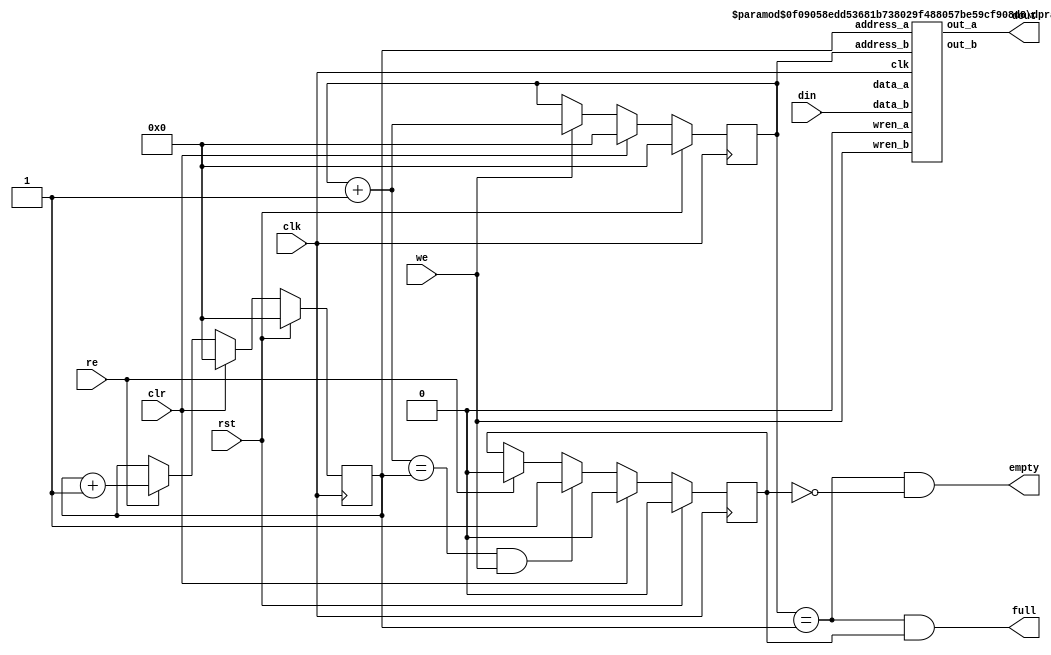
module fifo_512_40bit
	#(parameter dw=40,
	  parameter aw=9)
	(clk, rst, clr, din, we, dout, re,
	full, empty);

parameter max_size = 1<<aw;

input 			clk, rst, clr;
input 	[dw-1:0]	din;
input 			we;
output	[dw-1:0]	dout;
input 	wire		re;
output			full;
output			empty;

////////////////////////////////////////////////////////////////////
//
// Local Wires
//
wire 	[dw-1:0]	din_nc;
wire 	[dw-1:0]	out_nc;
reg		[aw-1:0]	wp;
wire	[aw-1:0]	wp_pl1;
reg		[aw-1:0]	rp;
wire	[aw-1:0]	rp_pl1;
reg					gb;

////////////////////////////////////////////////////////////////////
//
// Memory Block
//
dpram_512_40bit #(
	.AWIDTH(aw),
	.DWIDTH(dw)
	) u0 (
	.clk(clk),
	.address_a(rp),
	.wren_a(1'b0),
	.data_a(din_nc),
	.out_a(dout),
	.address_b(wp),
	.wren_b(we),
	.data_b(din),
	.out_b(out_nc)
);


////////////////////////////////////////////////////////////////////
//
// Misc Logic
//

always @(posedge clk)
	if(rst)	wp <= {aw{1'b0}};
	else
	if(clr)		wp <= {aw{1'b0}};
	else
	if(we)		wp <= wp_pl1;

assign wp_pl1 = wp + 1'b1;

always @(posedge clk)
	if(rst)		rp <= {aw{1'b0}};
	else
	if(clr)		rp <= {aw{1'b0}};
	else
	if(re)		rp <= rp_pl1;

assign rp_pl1 = rp + 1'b1;

////////////////////////////////////////////////////////////////////
//
// Combinatorial Full & Empty Flags
//

assign empty = ((wp == rp) & !gb);
assign full  = ((wp == rp) &  gb);

// Guard Bit ...
always @(posedge clk)
	if(rst)						gb <= 1'b0;
	else
	if(clr)						gb <= 1'b0;
	else
	if((wp_pl1 == rp) & we)		gb <= 1'b1;
	else
	if(re)						gb <= 1'b0;

endmodule

module dpram_512_40bit #(
	parameter DWIDTH = 40,
	parameter AWIDTH = 9
  )
  (
	clk,
	address_a,
	address_b,
	wren_a,
	wren_b,
	data_a,
	data_b,
	out_a,
	out_b
);

parameter NUM_WORDS=1<<AWIDTH;

input clk;
input [(AWIDTH-1):0] address_a;
input [(AWIDTH-1):0] address_b;
input  wren_a;
input  wren_b;
input [(DWIDTH-1):0] data_a;
input [(DWIDTH-1):0] data_b;
output [(DWIDTH-1):0] out_a;
output [(DWIDTH-1):0] out_b;

`ifndef hard_mem

	reg [DWIDTH-1:0] ram[NUM_WORDS-1:0];
  reg [(DWIDTH-1):0] out_a;
  reg [(DWIDTH-1):0] out_b;

	always @ (posedge clk) begin
		if (wren_a) begin
			ram[address_a] <= data_a;
		end
		else begin
			out_a <= ram[address_a];
		end
	end
	  
	always @ (posedge clk) begin 
		if (wren_b) begin
			ram[address_b] <= data_b;
		end 
		else begin
			out_b <= ram[address_b];
		end
	end

`else
defparam u_dual_port_ram.ADDR_WIDTH = AWIDTH;
defparam u_dual_port_ram.DATA_WIDTH = DWIDTH;

	dual_port_ram u_dual_port_ram(
	.addr1(address_a),
	.we1(wren_a),
	.data1(data_a),
	.out1(out_a),
	.addr2(address_b),
	.we2(wren_b),
	.data2(data_b),
	.out2(out_b),
	.clk(clk)
	);

`endif

endmodule